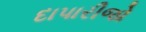
દાપારીજો